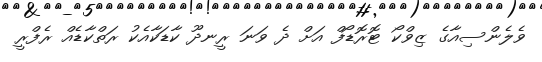
ވެލެންސިއާގެ ޒިވްކޯ ޓޮރޮޑޯފް އަށް ދެ ވަނަ ރީނދޫ ކާޑަކާއެކު ރަތްކާޑެއް ރެފްރީ